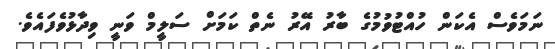
ނަމަވެސް އެކަން ހުއްޓުވުމުގެ ބާރު އޭރު ނެތް ކަމަށް ސަލީމް ވަނީ ވިދާޅުވެފައެވެ.